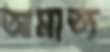
অমাত্য